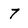
Character: 7